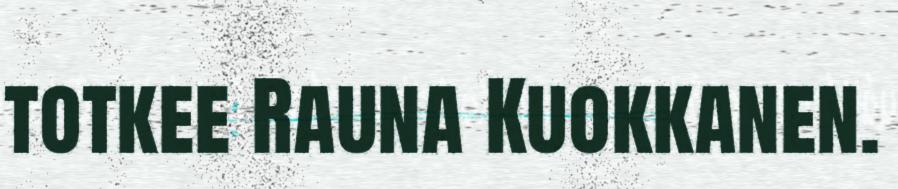
totkee Rauna Kuokkanen.